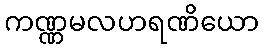
ကဏ္ဏမလဟရဏိယော